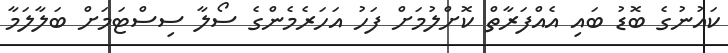
ކައުނުގެ ބޮޑު ބައި އެއްފަރާތް ކޮށްލުމަށް ފަހު އަހަރެމެންގެ ސޯލާ ސިސްޓަމަށް ބަލާލަމާ